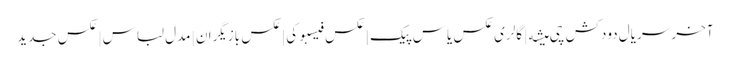
آخر سریال دودکش چی میشه | گالری عکس یاس پیک | عکس فیسبوکی | عکس بازیگران | مدل لباس | عکس جدید